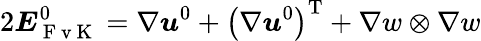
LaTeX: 2\boldsymbol{{E}}_{\mathrm{~F~v~K~}}^{0}=\nabla\boldsymbol{{u}}^{0}+\left(\nabla\boldsymbol{{u}}^{0}\right)^{\mathrm{T}}+\nabla w\otimes\nabla w